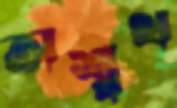
অশ্বথ